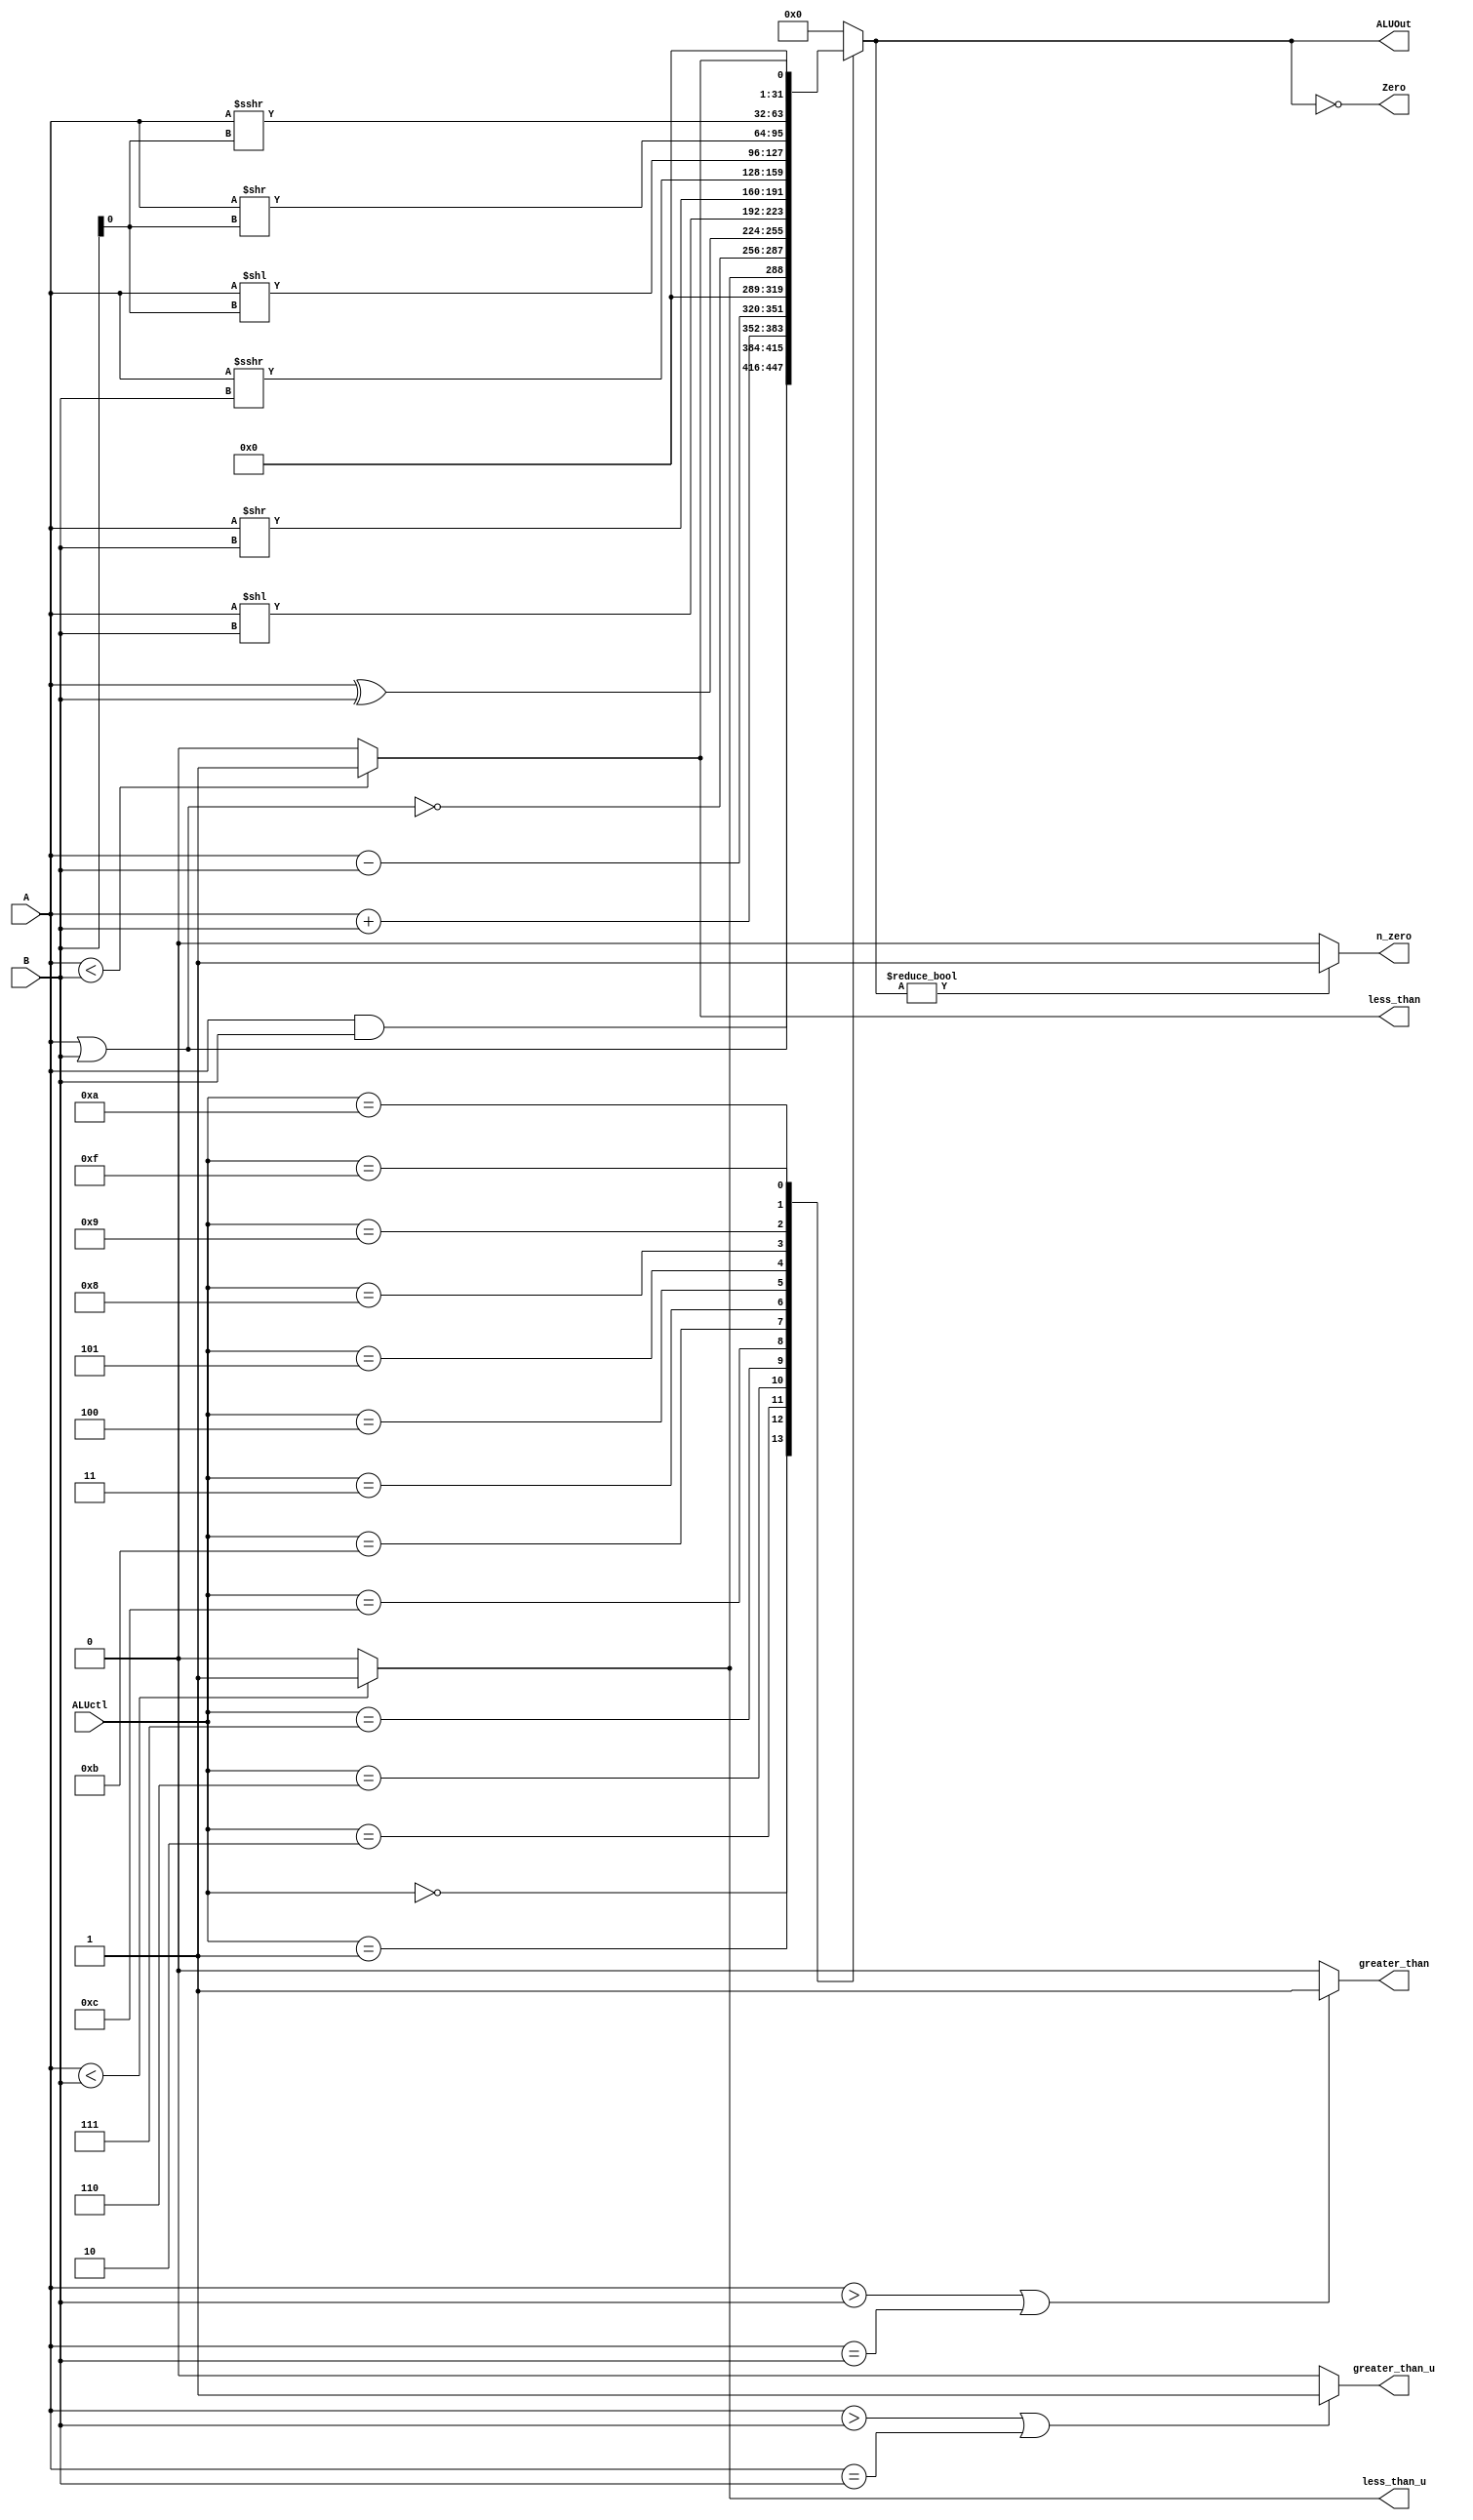
module ALU (ALUctl, A, B, ALUOut, Zero, n_zero, less_than, greater_than, less_than_u, greater_than_u);
input [3:0] ALUctl;
input [31:0] A,B;
output reg [31:0] ALUOut;
output Zero,n_zero,less_than,greater_than,less_than_u,greater_than_u;

assign Zero = (ALUOut==0); //Zero is true if ALUOut is 0
assign n_zero = (ALUOut!=0) ? 1 : 0; //n_Zero is true if ALUOut is not 0
assign less_than = ($signed(A) < $signed(B)) ? 1 : 0; //less_than is true if A is less than B
assign greater_than = ($signed(A)>$signed(B) | $signed(A)==$signed(B)) ? 1 : 0; //greater_than is true if A is greater than B
assign less_than_u = (A < B) ? 1 : 0; //less_than is true if A is less than B (Unsigned)
assign greater_than_u = (A>B | A==B) ? 1 : 0; //greater_than is true if A is greater than B (Unsigned)

wire shamt = B[4:0]; 

always @(ALUctl, A, B) //reevaluate if these change
case (ALUctl)
0: ALUOut = A & B;
1: ALUOut = A | B;
2: ALUOut = A + B;
6: ALUOut = A - B;
7: ALUOut = (A < B) ? 1 : 0; // sltu
12: ALUOut = ~(A | B); // result is nor 

11: ALUOut = A ^ B; // result is xor 

3: ALUOut = A << B; // sll
4: ALUOut = A >> B; // srl
5: ALUOut = $signed(A) >>> B; // sra 

8: ALUOut = A << shamt; // slli
9: ALUOut = A >> shamt; // srli
10: ALUOut = $signed(A) >>> shamt; // srai

15: ALUOut = $signed(A) < $signed(B) ? 1 : 0; // slt

default: ALUOut = 0; //default to 0. should not happen;
endcase
endmodule